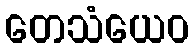
တေသံယေဝ